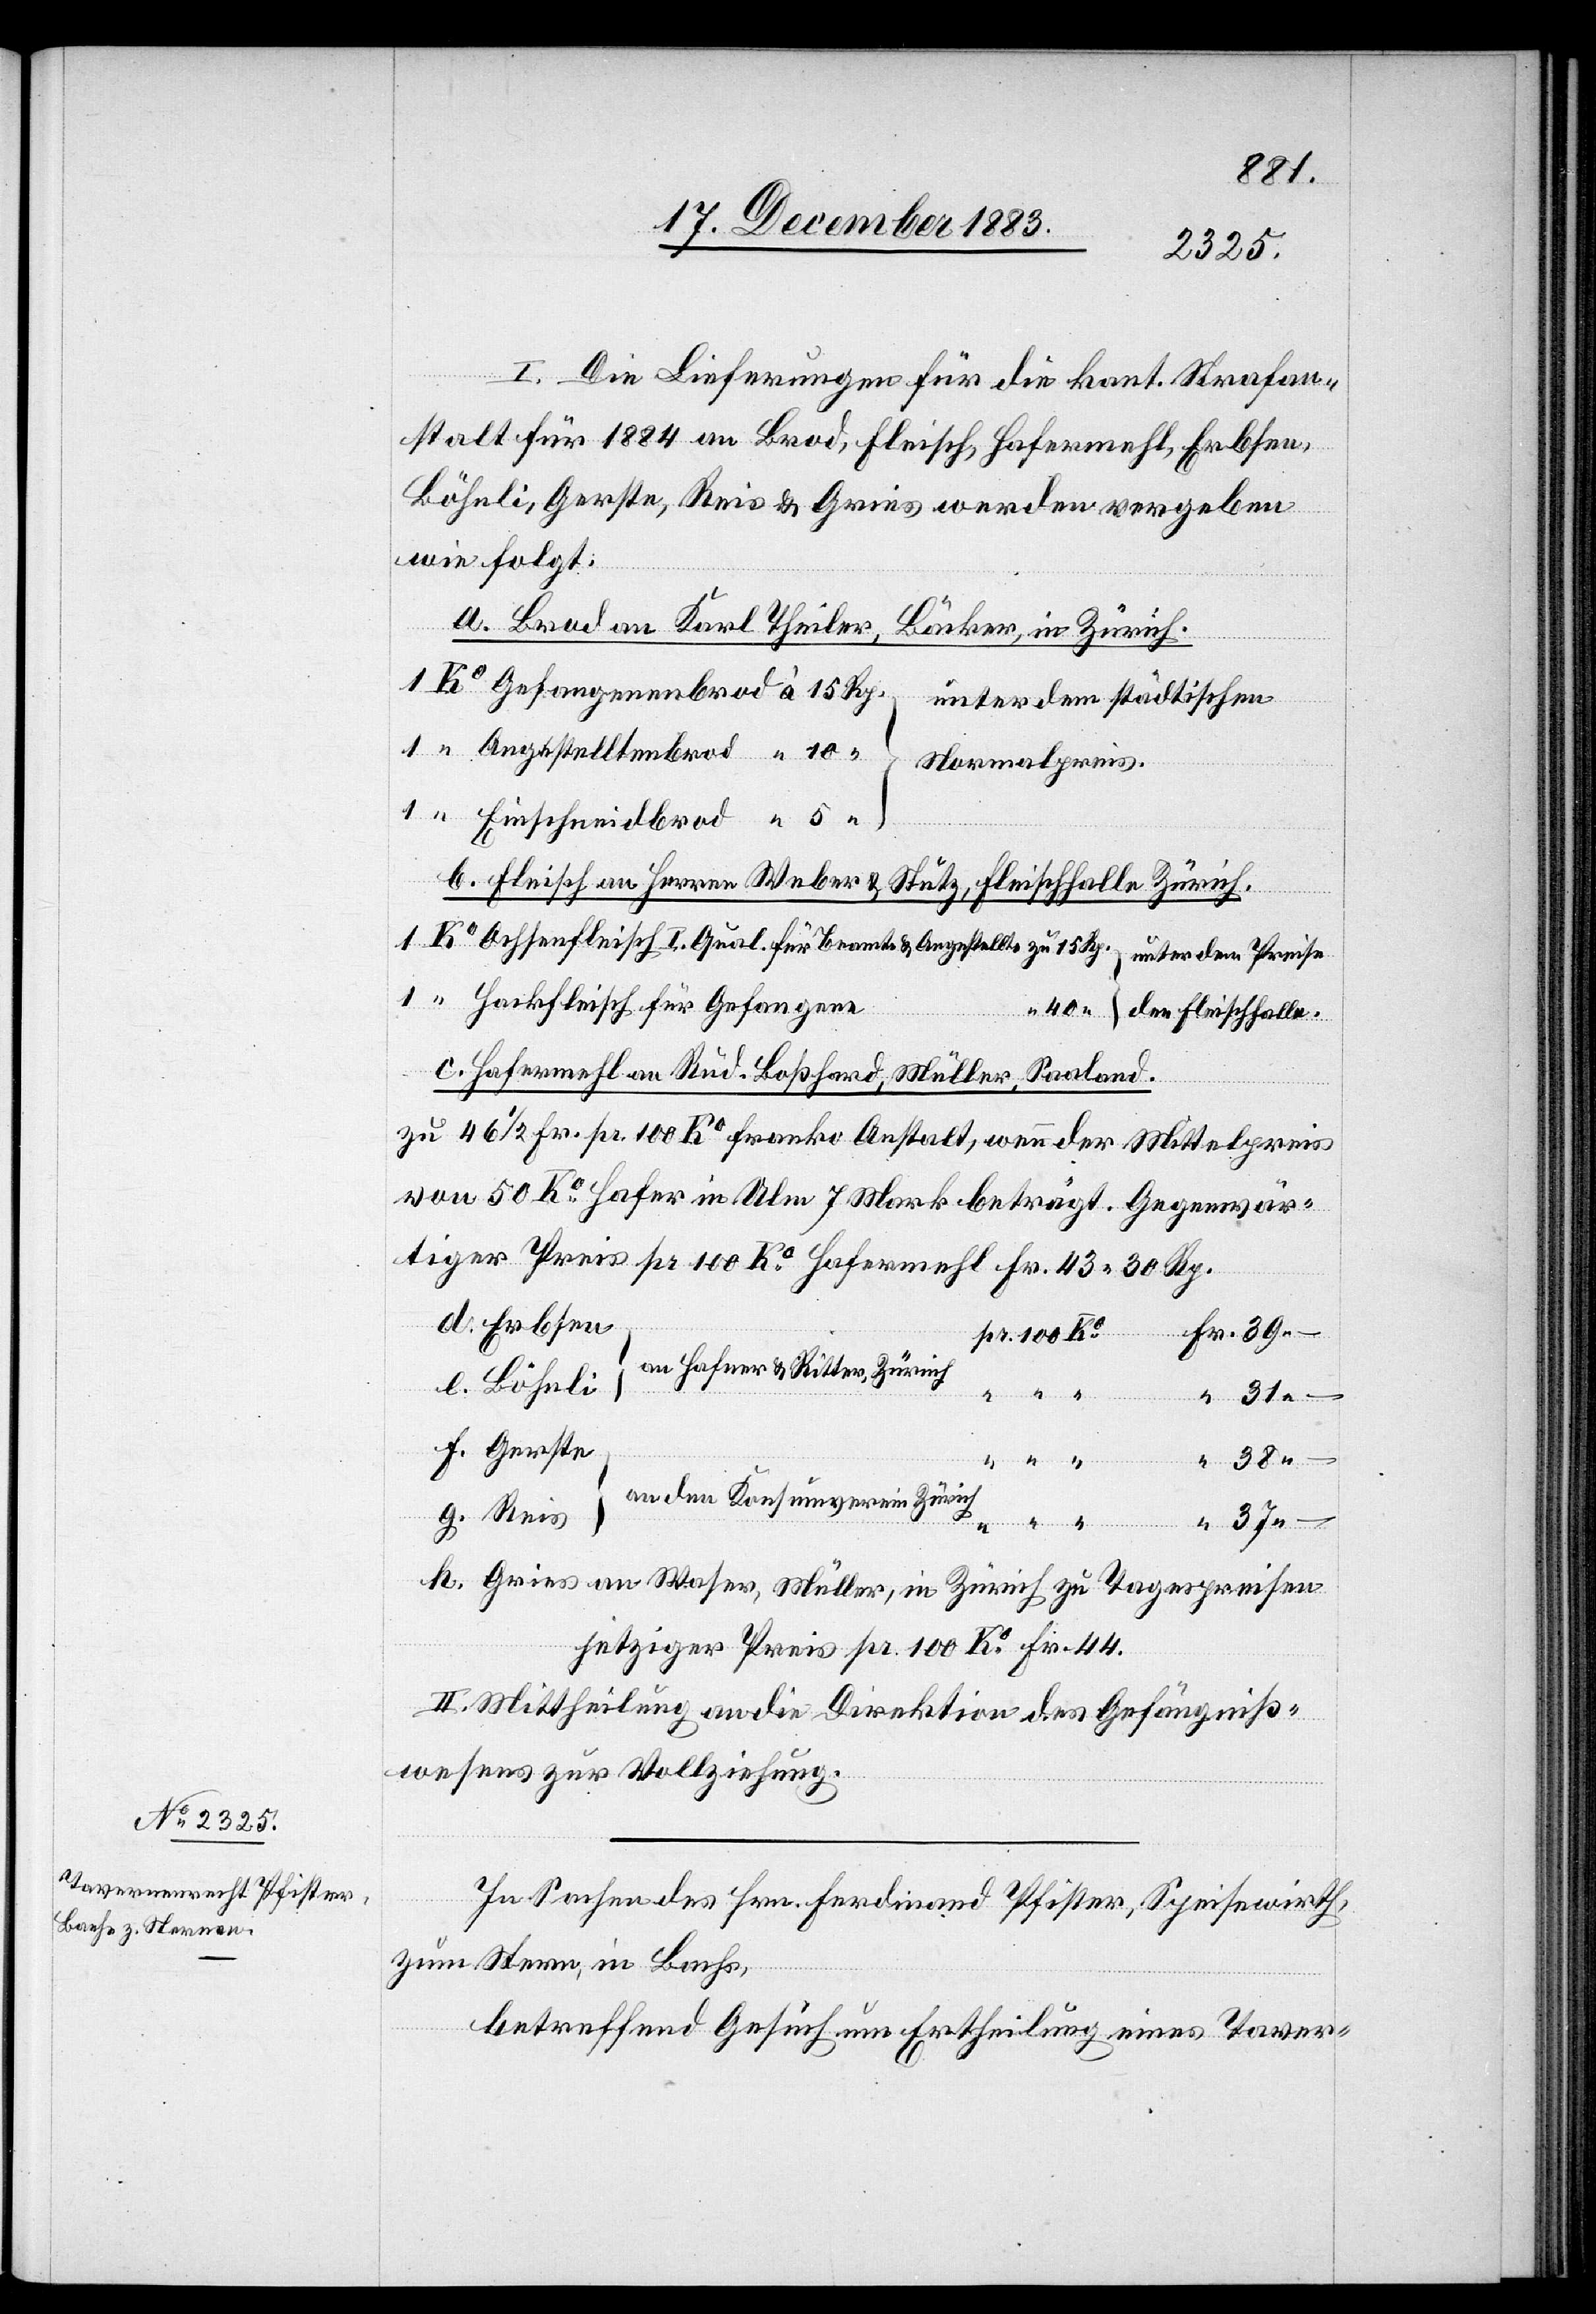
I. Die Lieferungen für die kant. Strafan¬
stalt für 1884 an Brod, Fleisch, Hafermehl, Erbsen,
Böhnli, Gerste, Reis & Gries werden vergeben
wie folgt:
a. Brod an Karl Theiler,
Müller, in Zürich
unter dem städtischen
Normalpreis
b. Fleisch an Herren Weber & Stutz, Fleischhalle Zürich.
Bachs,
Hackfleisch für Gefangene
en der Fleischhalle.
c. Hafermehl an Rud. Boßhard, Müller, Saaland.
zu 46 1/2 Fr. pr. 100 Ko franko Anstalt, wenn der Mittelpreis
von 50 Ko Hafer in Ulm 7 Mark beträgt. Gegenwär¬
tiger Preis pr. 100 Ko Hafermehl Fr. 43 30 Rp.
an Hafner & Ritter, Zürich
zum
44.
an den Konsumverein Zürich
II. Mittheilung an die Direktion des Gefängniß¬
wesens zur Vollziehung.
“
In Sachen des Hrn. Ferdinand Pfister, Speisewirth,
betreffend Gesuch um Ertheilung eines Taver-